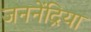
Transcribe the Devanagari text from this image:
जननेंद्रिया